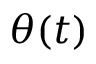
\theta ( t )